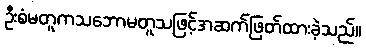
ဦးစံမတူကသဘောမတူသဖြင့်အဆက်ဖြတ်ထားခဲ့သည်။